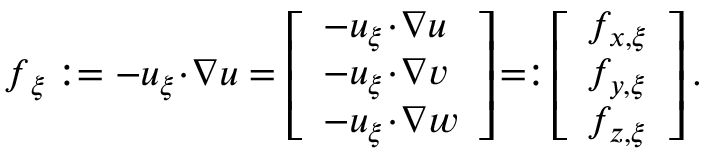
\begin{array} { r } { \boldsymbol { f } _ { \xi } : = - \boldsymbol { u } _ { \xi } \! \cdot \! \boldsymbol { \nabla } \boldsymbol { u } = \left[ \begin{array} { l } { - \boldsymbol { u } _ { \xi } \! \cdot \! \boldsymbol { \nabla } u } \\ { - \boldsymbol { u } _ { \xi } \! \cdot \! \boldsymbol { \nabla } v } \\ { - \boldsymbol { u } _ { \xi } \! \cdot \! \boldsymbol { \nabla } w } \end{array} \right] \! = : \! \left[ \begin{array} { l } { f _ { x , \xi } } \\ { f _ { y , \xi } } \\ { f _ { z , \xi } } \end{array} \right] . } \end{array}